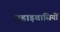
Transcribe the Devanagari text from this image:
पहाड़वासियों